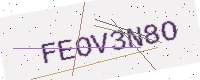
Text: FEOV3N8O